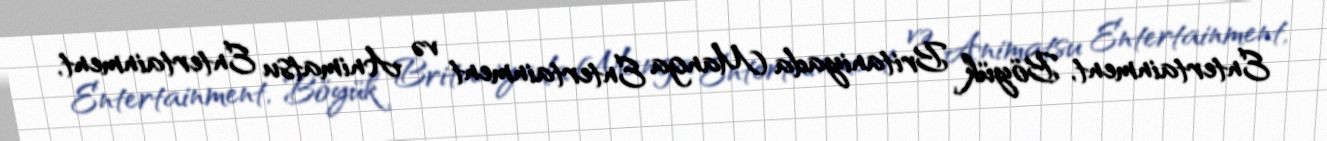
Entertainment, Böyük Britaniyada Manga Entertainment və Animatsu Entertainment,